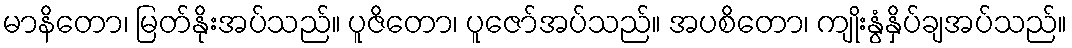
မာနိတော၊ မြတ်နိုးအပ်သည်။ ပူဇိတော၊ ပူဇော်အပ်သည်။ အပစိတော၊ ကျိုးနွံနှိပ်ချအပ်သည်။